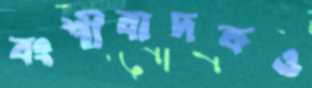
বংশীবাদকও